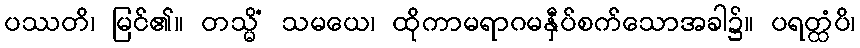
ပဿတိ၊ မြင်၏။ တသ္မိံ သမယေ၊ ထိုကာမရာဂမနှီပ်စက်သောအခါ၌။ ပရတ္ထံပိ၊